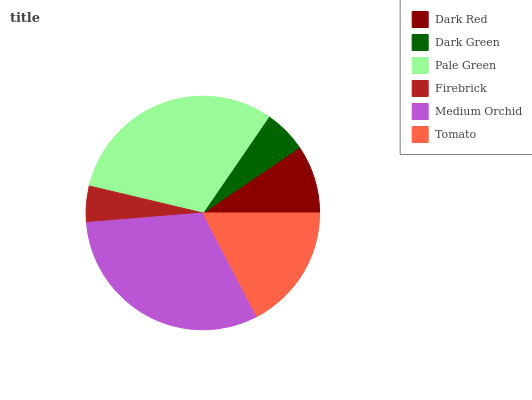
| Dark Red | Dark Green | Pale Green | Firebrick | Medium Orchid | Tomato |
 | --- | --- | --- | --- | --- | --- |
 | 9.48% | 5.94% | 30.9% | 5.01% | 31.3% | 17.3% |